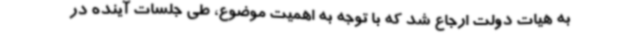
به هیات دولت ارجاع شد که با توجه به اهمیت موضوع، طی جلسات آینده در